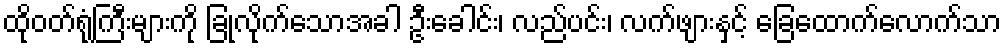
ထိုဝတ်ရုံကြီးများကို ခြုံလိုက်သောအခါ ဦးခေါင်း၊ လည်ပင်း၊ လက်ဖျားနှင့် ခြေထောက်လောက်သာ